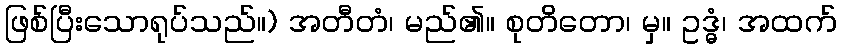
ဖြစ်ပြီးသောရုပ်သည်။) အတီတံ၊ မည်၏။ စုတိတော၊ မှ။ ဥဒ္ဓံ၊ အထက်